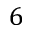
6